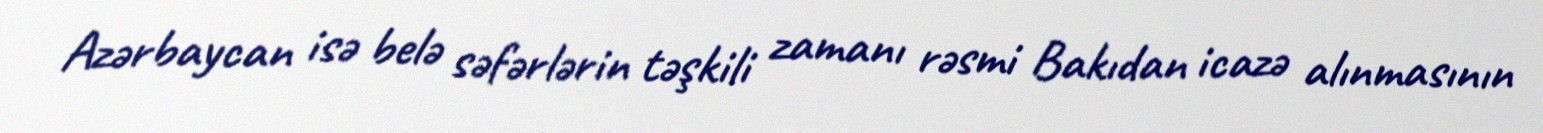
Azərbaycan isə belə səfərlərin təşkili zamanı rəsmi Bakıdan icazə alınmasının